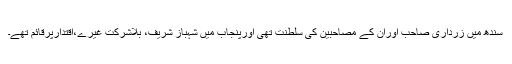
سندھ میں زرداری صاحب اوران کے مصاحبین کی سلطنت تھی اورپنجاب میں شہباز شریف، بلاشرکت غیرے،اقتدارپرقائم تھے۔